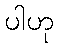
ပါဟု